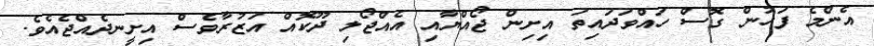
އެންމެ ފަހުން ގޮސް ހައްވަދައިތަ އިށިން ޖޯއްޔާއި އެއްޖޯލި ދޫކޮއް އަޒުރާވެސް އިށީނދެއްޖެއެވެ.